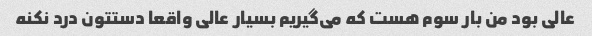
عالی بود من بار سوم هست که می‌گیریم بسیار عالی واقعا دستتون درد نکنه